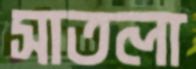
সাতলা